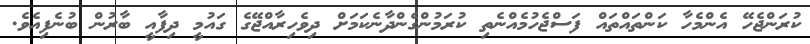
ކުރަންޖެހޭ އެންމެހާ ކަންތައްތައް ފަސްޖެހުމެއްނެތި ކުރަމުންގެންދާނެކަމަށް ދިވެހިރާއްޖޭގެ ގައުމީ ދިފާއީ ބާރުން ބުނެފިއެވެ.